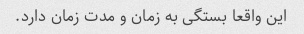
این واقعا بستگی به زمان و مدت زمان دارد.